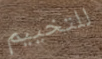
للتخييم